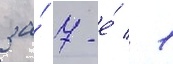
за́ 7-е́ / 1